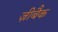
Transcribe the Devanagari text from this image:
ज़ीबैक